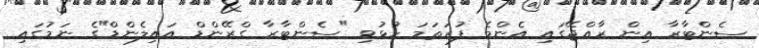
ސެންޓާރާ އިން ރާއްޖޭގައި އެންމެ ފުރަތަމަ ހުޅުވި "ސެންޓާރާ ގްރޭންޑް އައިލެންޑް"ގެ ނަމުގައި